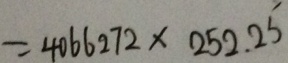
= 4 0 6 6 2 7 2 \times 2 5 2 . 2 5